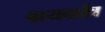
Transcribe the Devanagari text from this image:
वायकोंब